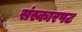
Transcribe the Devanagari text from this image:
संस्कारपट